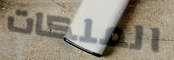
الملكات